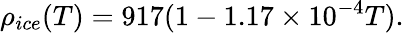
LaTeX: \rho_{ice}(T)=917(1-1.17\times 10^{-4}T).